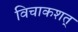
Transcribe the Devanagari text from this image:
विचाकशत्